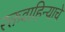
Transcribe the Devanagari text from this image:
रक्तवाहिन्याचे